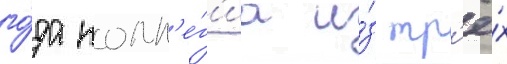
го́да колл'е́г'иа и́з тр'ё́х